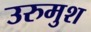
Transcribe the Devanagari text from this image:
उरुमुश